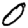
Digit: 0